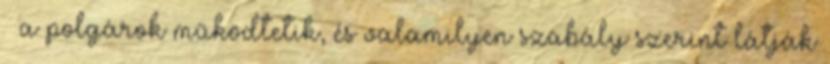
– a polgárok működtetik, és valamilyen szabály szerint látják